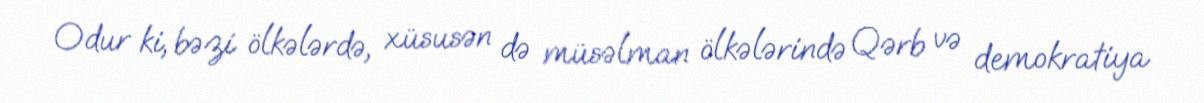
Odur ki, bəzi ölkələrdə, xüsusən də müsəlman ölkələrində Qərb və demokratiya